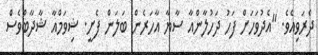
ދެރަވިއެވެ. "އެދުވަހަށް ފަހު ދަހުލާންއާ ސާޔާ އާހަރެން ބަލަން ފެށީ. ޝިވަމްއާ ޝާދާބްވެސް